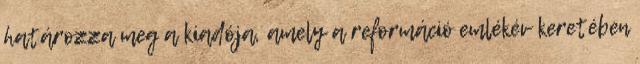
határozza meg a kiadója, amely a reformáció emlékév keretében